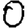
Digit: 0